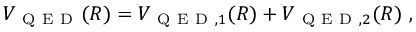
V _ { \mathrm { ~ Q ~ E ~ D ~ } } ( R ) = V _ { \mathrm { ~ Q ~ E ~ D ~ } , 1 } ( R ) + V _ { \mathrm { ~ Q ~ E ~ D ~ } , 2 } ( R ) \ ,